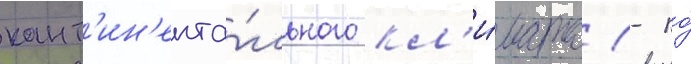
конт'ин'ента́льного кл'и́мата (- по́